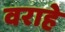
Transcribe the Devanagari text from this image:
वराहे